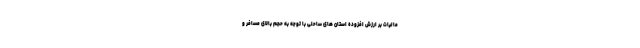
مالیات بر ارزش افزوده استان های ساحلی با توجه به حجم بالای مسافر و